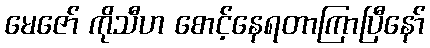
မေဇော် ကိုသီဟ စောင့်နေရတာကြာပြီနော်